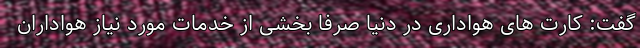
گفت: کارت های هواداری در دنیا صرفا بخشی از خدمات مورد نیاز هواداران